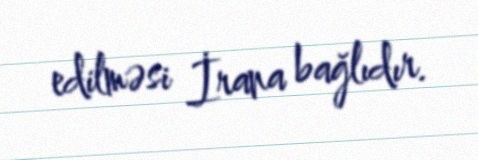
edilməsi İrana bağlıdır.